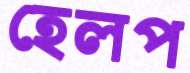
হেলপ